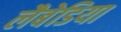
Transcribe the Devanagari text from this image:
लैबेडिया